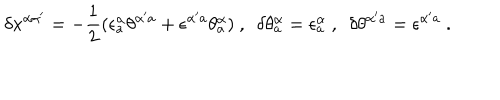
\delta x ^ { \alpha \alpha ^ { \prime } } = - { \frac { 1 } { 2 } } ( \epsilon _ { a } ^ { \alpha } \theta ^ { \alpha ^ { \prime } a } + \epsilon ^ { \alpha ^ { \prime } a } \theta _ { a } ^ { \alpha } ) \ , \ \ \delta \theta _ { a } ^ { \alpha } = \epsilon _ { a } ^ { \alpha } \ , \ \ \delta \theta ^ { \alpha ^ { \prime } a } = \epsilon ^ { \alpha ^ { \prime } a } \ .